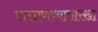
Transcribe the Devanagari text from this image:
वाखाणण्यासारखा